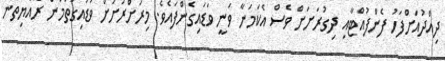
ދިއްދުއަށްފަހު ފެންފުއްޓާއި ދިގުރަށަށް ވެސް އެކަމަނާ ވަނީ ވަޑައިގެންފައެވެ. މިރަށްރަށަށް ވަޑައިގަތުމުން ރައްޔިތުން